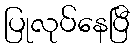
ပြုလုပ်နေပြီ